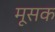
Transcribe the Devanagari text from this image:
मूसक